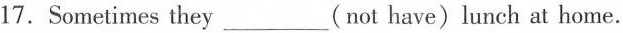
17.Sometimes they ___ (not have)lunch at home.